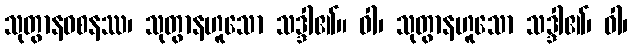
သုတွာနဝစနဿ၊ သုတွာနဟူသော သဒ္ဒါ၏။ ဝါ၊ သုတွာနဟူသော သဒ္ဒါ၏၊ ဝါ၊